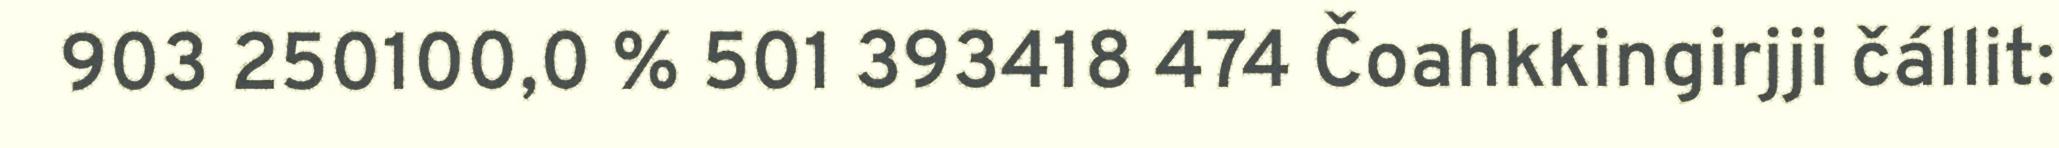
903 250100,0 % 501 393418 474 Čoahkkingirjji čállit: